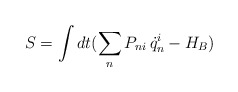
\begin{align*}S = \int dt (\sum_n P_{ni}\, \dot q_n^i -H_B)\end{align*}